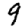
Digit: 9